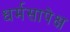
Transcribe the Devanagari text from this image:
धर्मसापेक्ष